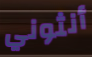
أنثوني